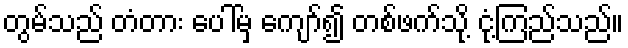
တွမ်သည် တံတား ပေါ်မှ ကျော်၍ တစ်ဖက်သို့ ငုံ့ကြည်သည်။